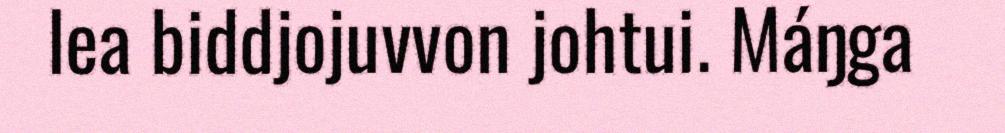
lea biddjojuvvon johtui. Máŋga